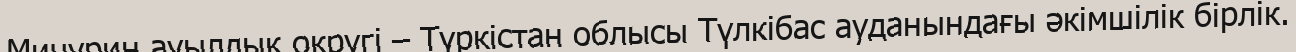
Мичурин ауылдық округі – Түркістан облысы Түлкібас ауданындағы әкімшілік бірлік.